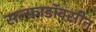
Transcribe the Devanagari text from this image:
सल्फ़ाडॉक्सीन